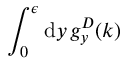
{ \int _ { 0 } ^ { \epsilon } \mathrm { d } y \, g _ { y } ^ { D } ( k ) }